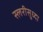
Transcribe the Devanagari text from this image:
स्लरीसुध्दा